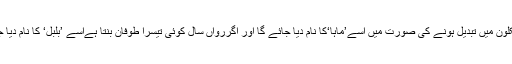
سردار سرفراز نے کہا کہ ہوا کم دباؤ سائیکلون میں تبدیل ہونے کی صورت میں اسے’ماہا‘کا نام دیا جائے گا اور اگررواں سال کوئی تیسرا طوفان بنتا ہےاسے ’بلبل‘ کا نام دیا جائے گا جو پاکستان کا تجویز کردہ نام ہے۔